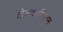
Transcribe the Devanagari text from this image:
तोलकाप्पियम